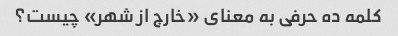
کلمه ده حرفی به معنای «خارج از شهر» چیست؟